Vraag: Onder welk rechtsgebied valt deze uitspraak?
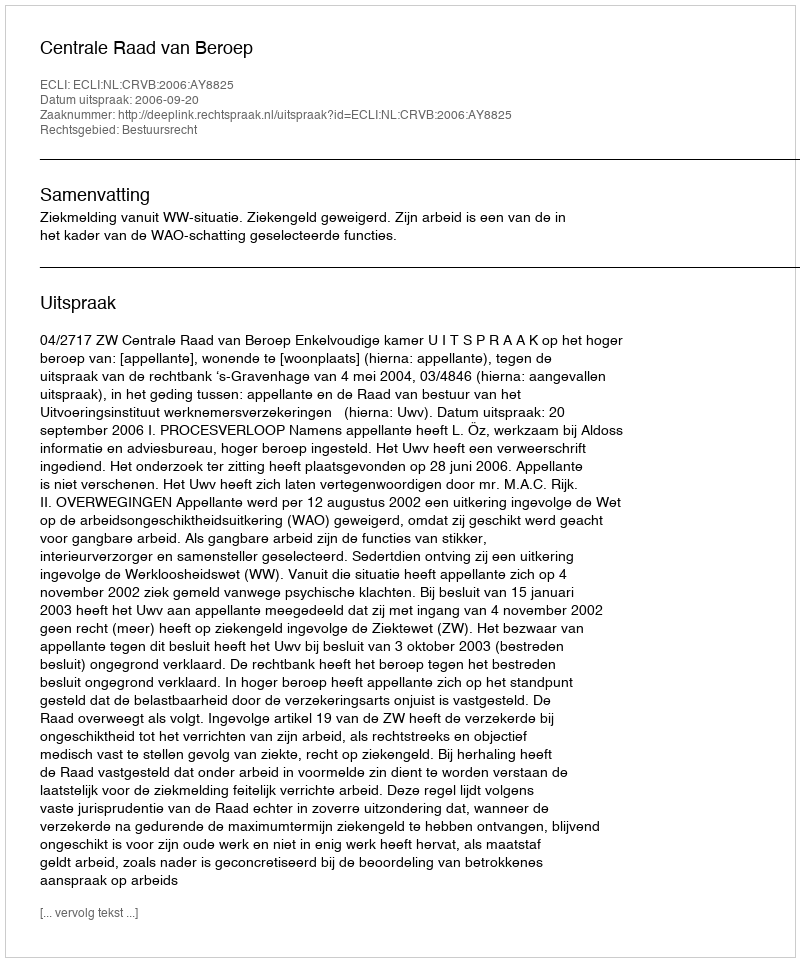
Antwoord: Bestuursrecht